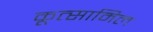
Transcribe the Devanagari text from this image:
कूत्सामिल